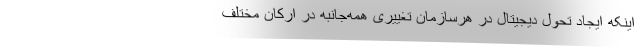
اینکه ایجاد تحول دیجیتال در هرسازمان تغییری همه‌جانبه در ارکان مختلف